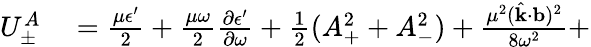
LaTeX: \begin{array}{rl}{U_{\pm}^{A}}&{{}=\frac{\mu\epsilon^{\prime}}{2}+\frac{\mu\omega}{2}\frac{\partial\epsilon^{\prime}}{\partial\omega}+\frac{1}{2}(A_{+}^{2}+A_{-}^{2})+\frac{\mu^{2}(\hat{\mathbf{k}}\cdot{\mathbf{b}})^{2}}{8\omega^{2}}+}\end{array}